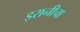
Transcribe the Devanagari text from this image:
इरानीचा